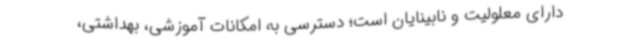
دارای معلولیت و نابینایان است؛ دسترسی به امکانات آموزشی، بهداشتی،